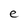
Character: e